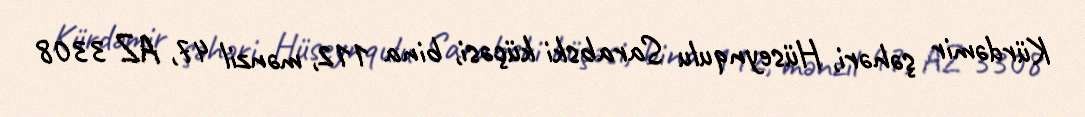
Kürdəmir şəhəri, Hüseynqulu Sarabski küçəsi, bina 112, mənzil 47, AZ 3308